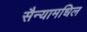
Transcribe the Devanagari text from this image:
सैन्यामधिल